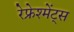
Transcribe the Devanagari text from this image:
रेफ्रेश्मेंट्स